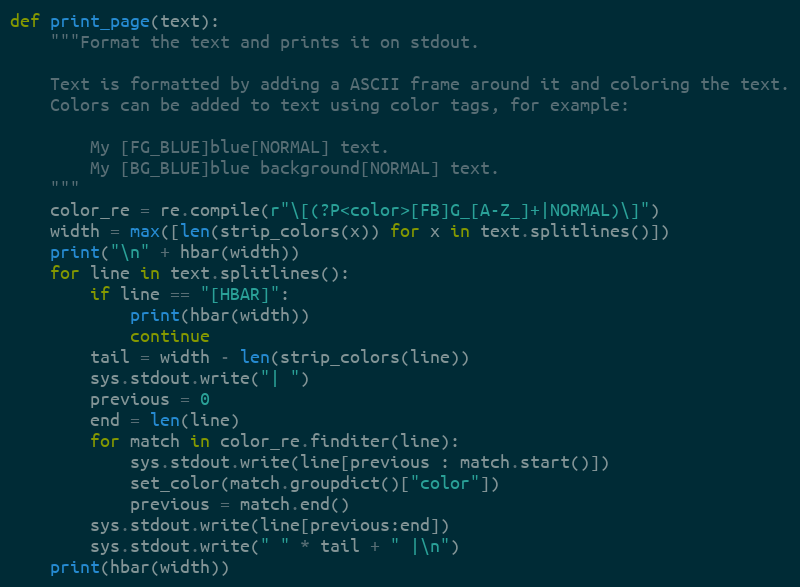
Language: Python
def print_page(text):
    """Format the text and prints it on stdout.

    Text is formatted by adding a ASCII frame around it and coloring the text.
    Colors can be added to text using color tags, for example:

        My [FG_BLUE]blue[NORMAL] text.
        My [BG_BLUE]blue background[NORMAL] text.
    """
    color_re = re.compile(r"\[(?P<color>[FB]G_[A-Z_]+|NORMAL)\]")
    width = max([len(strip_colors(x)) for x in text.splitlines()])
    print("\n" + hbar(width))
    for line in text.splitlines():
        if line == "[HBAR]":
            print(hbar(width))
            continue
        tail = width - len(strip_colors(line))
        sys.stdout.write("| ")
        previous = 0
        end = len(line)
        for match in color_re.finditer(line):
            sys.stdout.write(line[previous : match.start()])
            set_color(match.groupdict()["color"])
            previous = match.end()
        sys.stdout.write(line[previous:end])
        sys.stdout.write(" " * tail + " |\n")
    print(hbar(width))